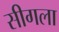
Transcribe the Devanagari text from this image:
सीगला